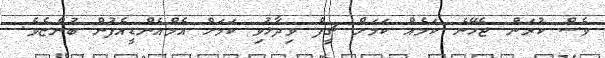
ވެސް ކުރަން ޖެހޭނެ ކަމެއް ކަމަށް ޗީފް ވިދާޅުވި ކަމަށް އެމްއެންޑީއެފުން ބުންޏެވެ.